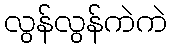
လွန်လွန်ကဲကဲ